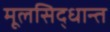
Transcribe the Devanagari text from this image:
मूलसिद्धान्त